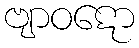
ဗျာဝဋော